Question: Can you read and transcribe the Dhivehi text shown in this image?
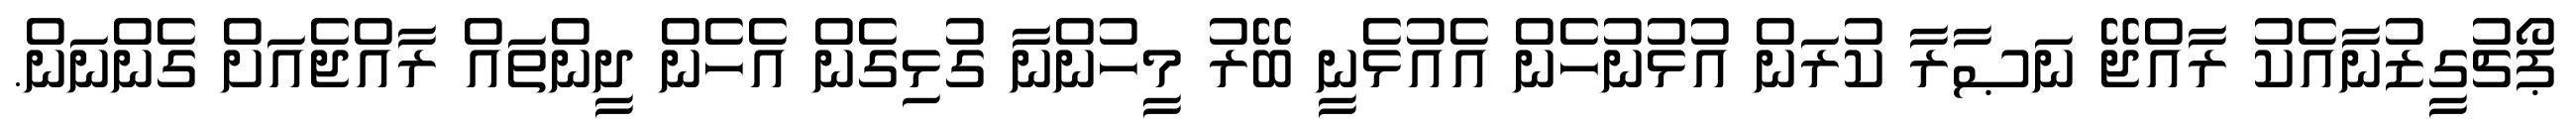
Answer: ޕޯޗުގީޒުނާއެކު ރާއްޖޭ ނަޞާރާ ކުރަން އުޅުނުހެން އެއުޅެނީ ބޭރު މީހުންނާ ގުޅިގެން އެހެން ދީންތައް ރާއްޖެއަށް ގެންނަން.